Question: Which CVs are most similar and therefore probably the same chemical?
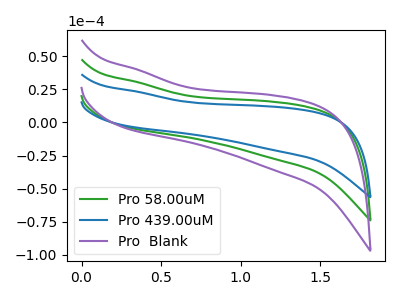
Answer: <think>The green curve "Pro 58.00uM" has no peaks. The blue curve "Pro 439.00uM" has no peaks. The purple curve "Pro  Blank" has no peaks.
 Neither "Pro 58.00uM" or "Pro 439.00uM" have any peaks. Neither "Pro 58.00uM" or "Pro  Blank" have any peaks. Neither "Pro 439.00uM" or "Pro  Blank" have any peaks.</think>
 <answer>"Pro 439.00uM", "Pro 58.00uM" and "Pro  Blank" have the same shape and are likely CV's of the same chemical.</answer>
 <eval>"Pro 439.00uM" "Pro 58.00uM" "Pro  Blank"</eval>